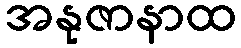
အနုဇာနာထ